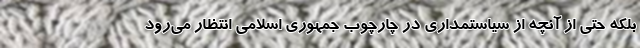
بلکه حتی از آنچه از سیاستمداری در چارچوب جمهوری اسلامی انتظار می‌رود